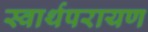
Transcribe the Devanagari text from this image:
स्वार्थपरायण